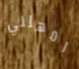
امهلني